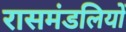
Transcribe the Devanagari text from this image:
रासमंडलियों